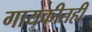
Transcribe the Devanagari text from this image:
गायकीतही